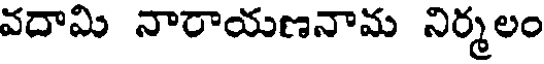
వదామి నారాయణనామ నిర్మలం